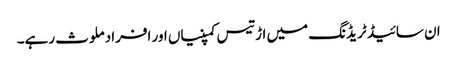
ان سائیڈ ٹریڈنگ میں اڑتیس کمپنیاں اور افراد ملوث رہے۔